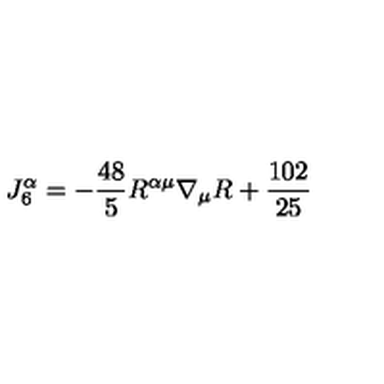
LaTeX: J _ { 6 } ^ { \alpha } = - \frac { 4 8 } { 5 } R ^ { \alpha \mu } \nabla _ { \mu } R + { \frac { 1 0 2 } { 2 5 } }